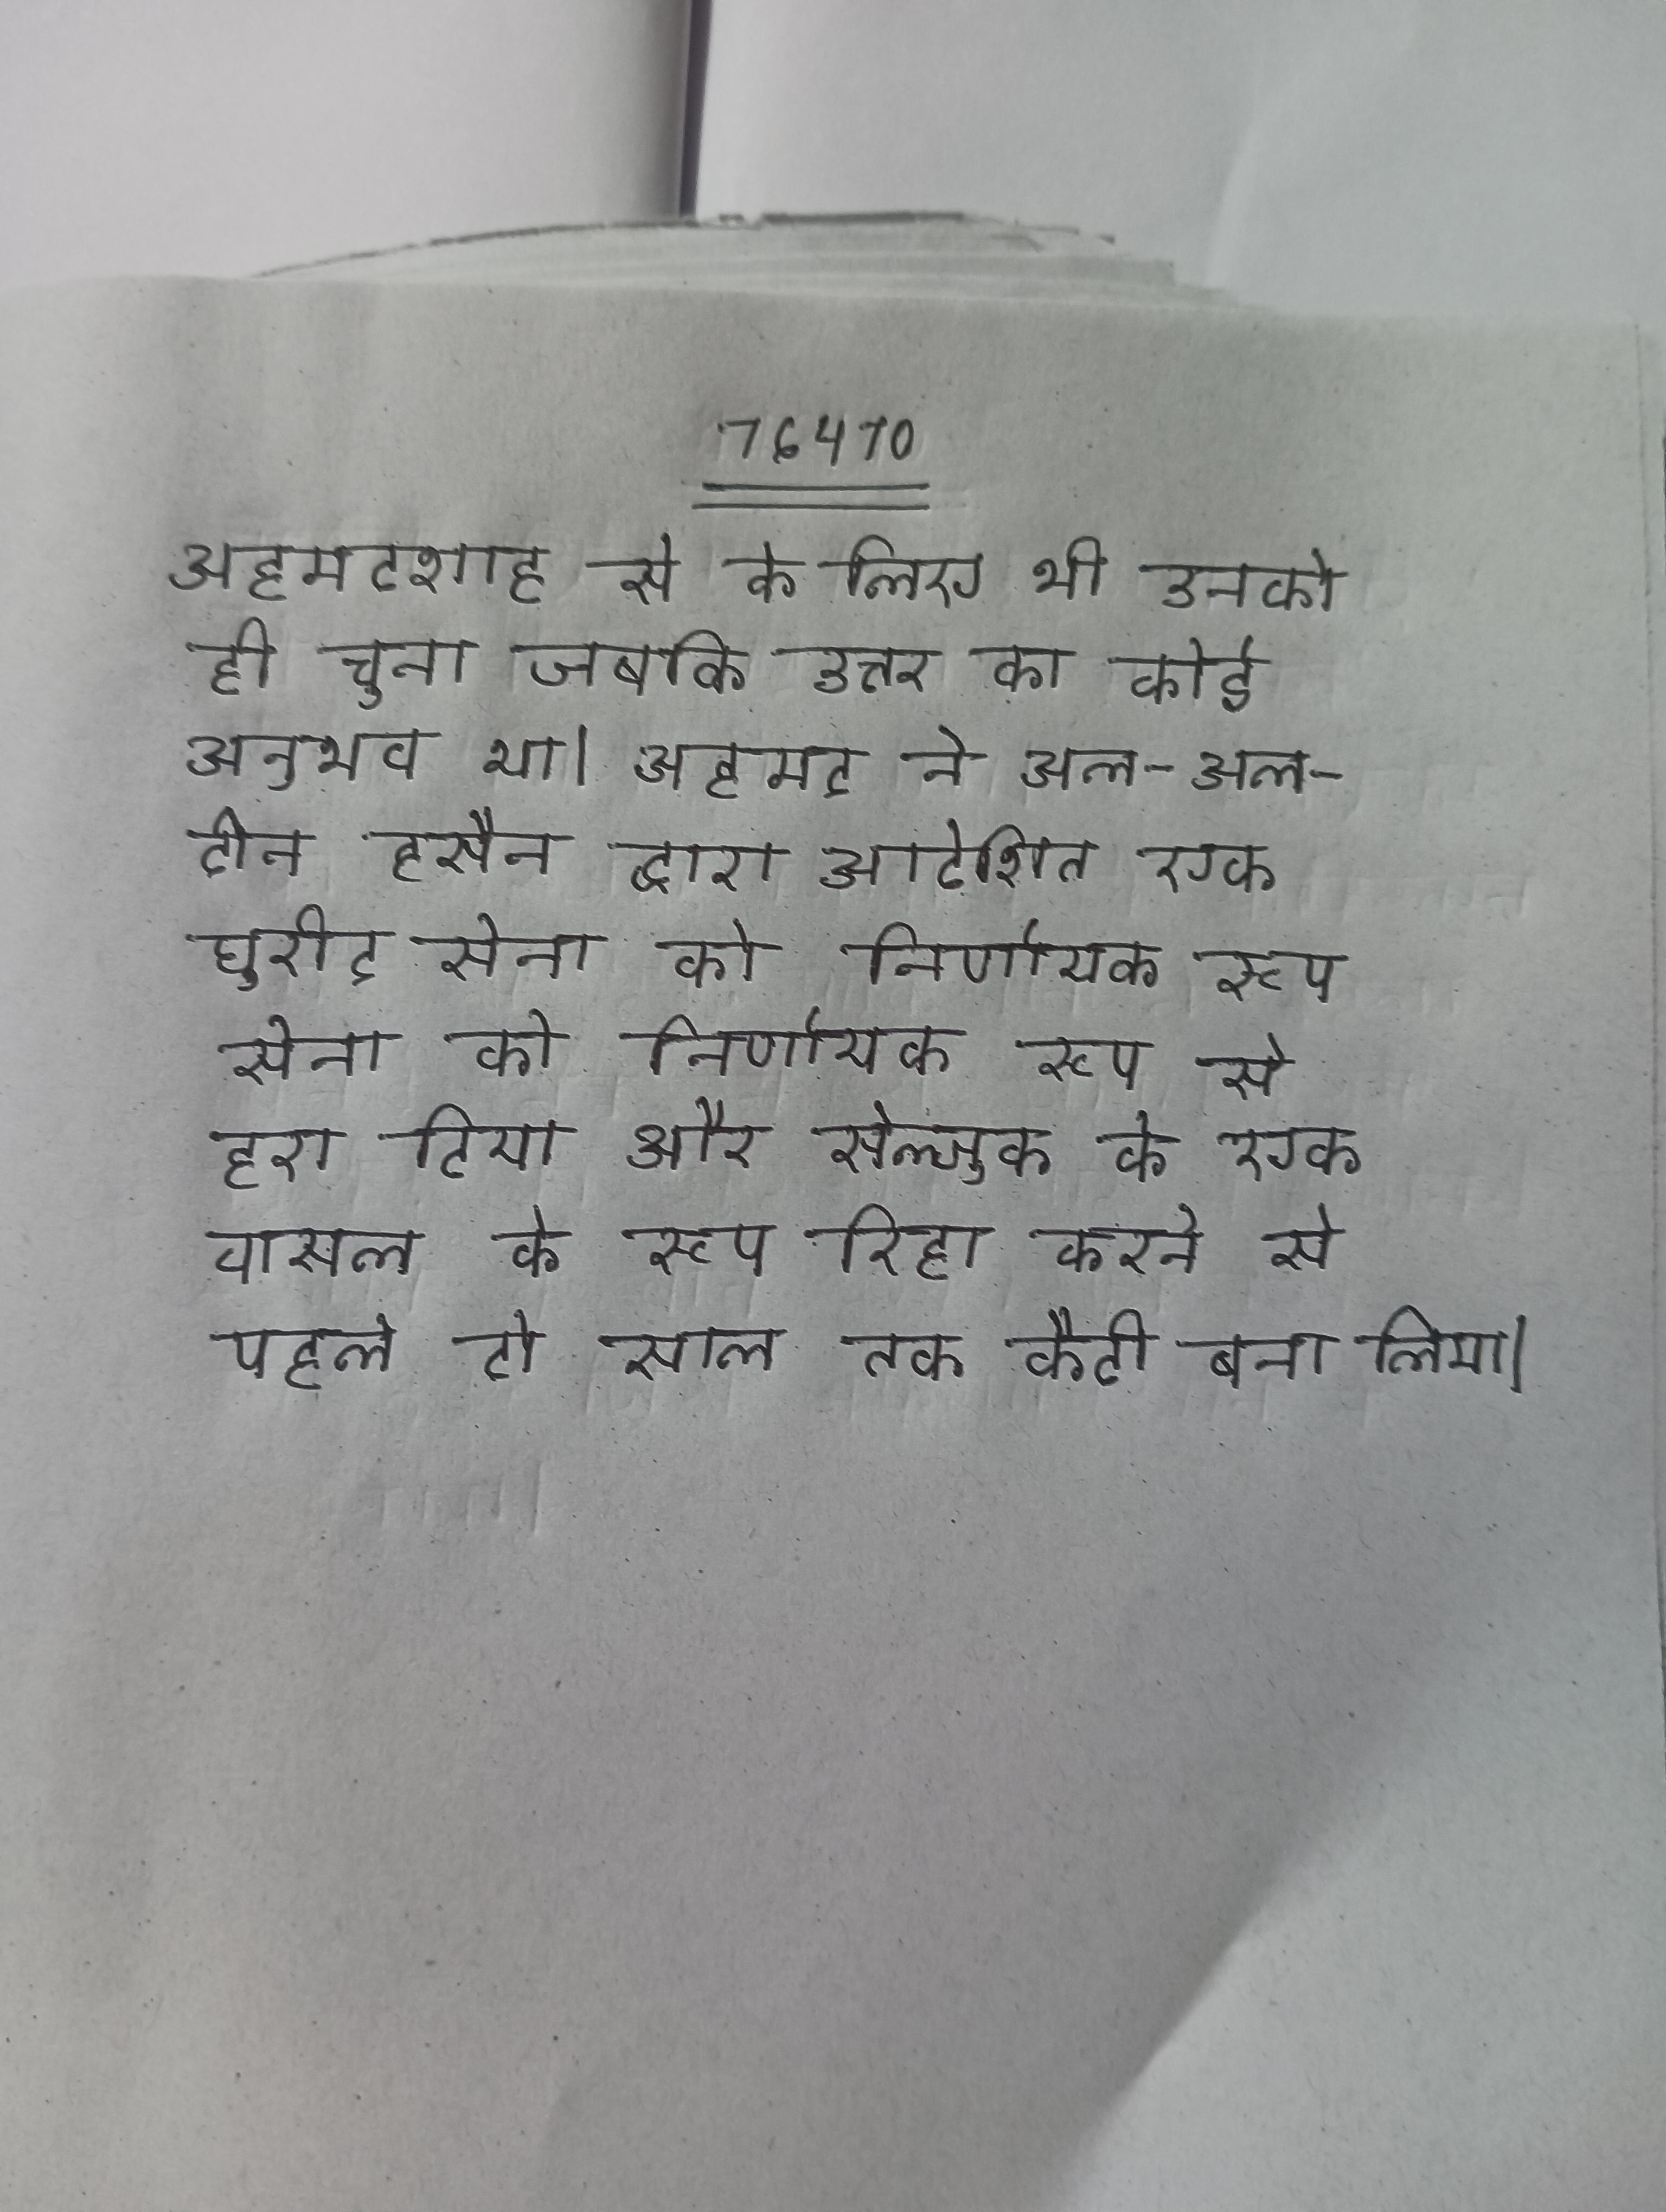
अहमदशाह से के लिए भी उनको ही चुना जबकि उत्तर का कोई अनुभव था । अहमद ने अल-अल-दीन हुसैन द्वारा आदेशित एक घुरीद सेना को निर्णायक रूप से हरा दिया और सेल्जुक के एक वासल के रूप रिहा करने से पहले दो साल तक कैदी बना लिया ।